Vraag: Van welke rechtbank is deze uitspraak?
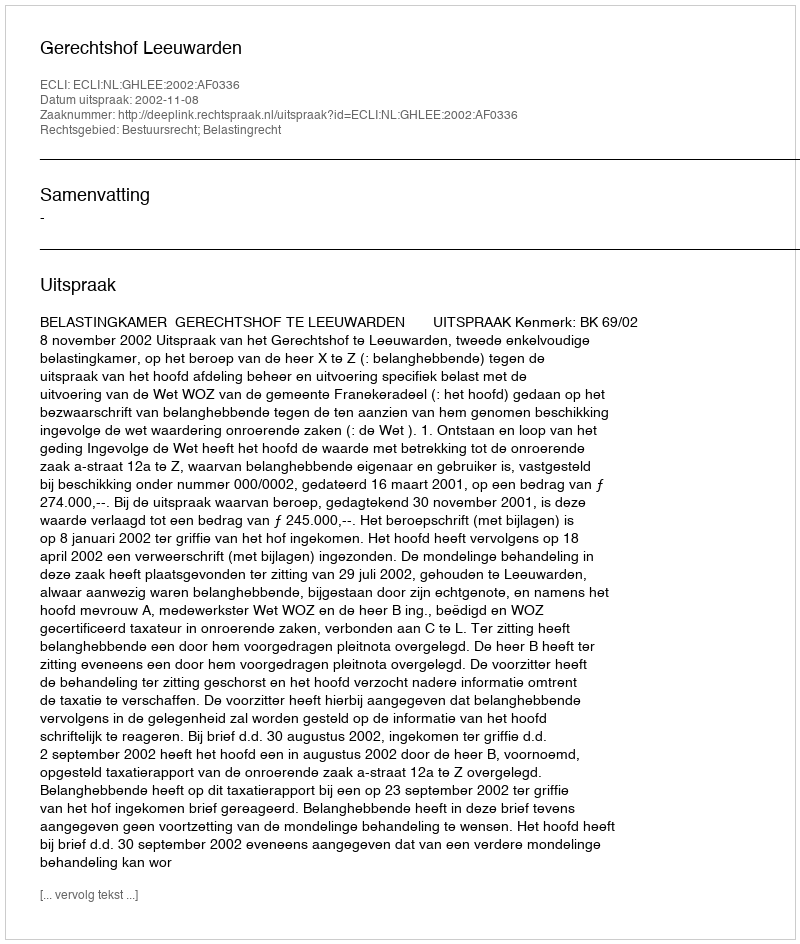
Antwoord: Gerechtshof Leeuwarden